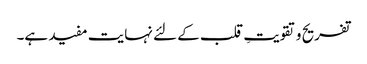
تفریح و تقویتِ قلب کے لئے نہایت مفید ہے۔